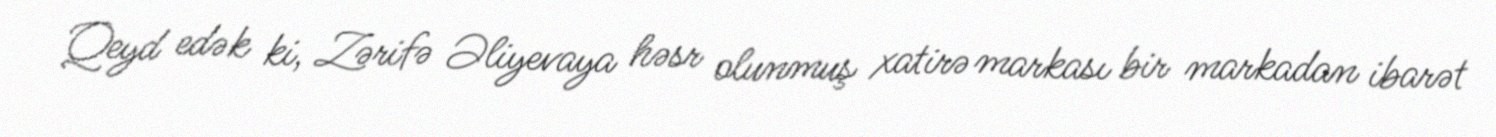
Qeyd edək ki, Zərifə Əliyevaya həsr olunmuş xatirə markası bir markadan ibarət